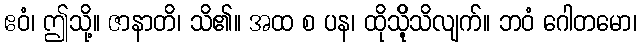
ဧဝံ၊ ဤသို့။ ဇာနာတိ၊ သိ၏။ အထ စ ပန၊ ထိုသိို့သိလျက်။ ဘဝံ ဂေါတမော၊